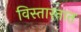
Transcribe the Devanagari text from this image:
विस्तारतात